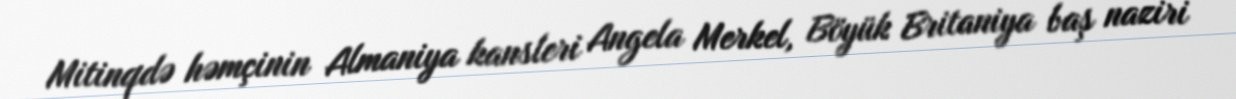
Mitinqdə həmçinin Almaniya kansleri Angela Merkel, Böyük Britaniya baş naziri